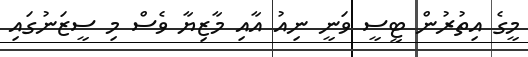
މީގެ އިތުރުން ޓީސީ ވަނީ ނިއު އާއި މާޒިޔާ ވެސް މި ސީޒަނުގައި